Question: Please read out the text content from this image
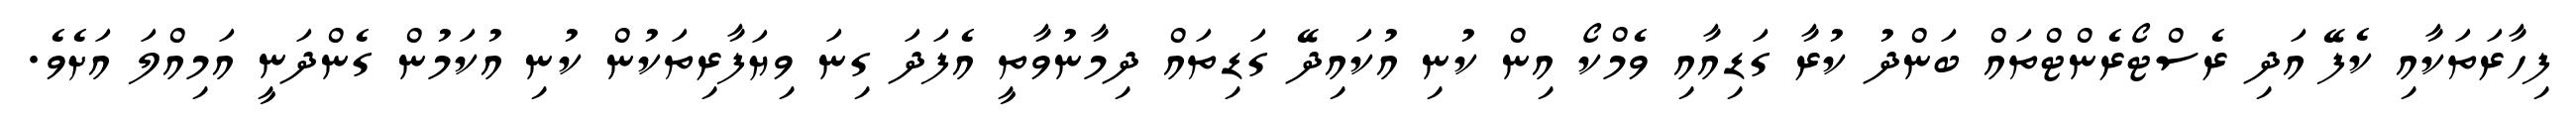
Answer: ފިހާރަތަކާއި ކެފޭ އަދި ރެސްޓޯރެންޓްތައް ބަންދު ކުރާ ގަޑިއާއި ވެމްކޯ އިން ކުނި އުކައިދޭ ގަޑިތައް ދިމާނުވާތީ އެފަދަ ގިނަ ވިޔަފާރިތަކުން ކުނި އުކަމުން ގެންދަނީ އަމިއްލަ އަށެވެ.